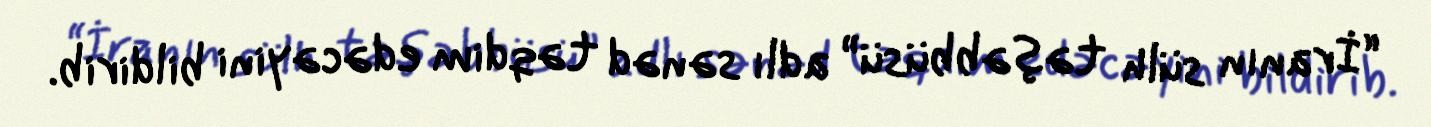
“İranın sülh təşəbbüsü” adlı sənəd təqdim edəcəyini bildirib.